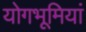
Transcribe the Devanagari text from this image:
योगभूमियां